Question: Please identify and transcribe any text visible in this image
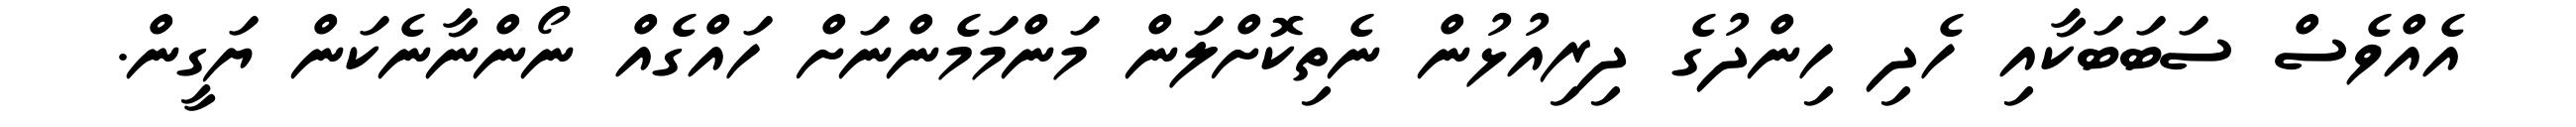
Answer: އެއްވެސް ސަބަބަކާއި ހެދި ހިންދުގެ ދިރިއުޅުން ނެތިކޮށްލަން މަންމަމެންނަށް ހައްގެއް ނޯންނާނެކަން ޔަގީން.